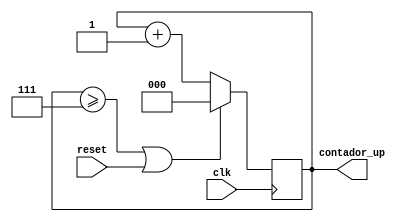
`timescale 1ns/1ns

module up_counter(
    input clk,
    input reset,
    output reg [2:0] contador_up
	);
	
/* Si fck_muestreo = 48kHz,
entonces f_cont = N*fck_muestreo.
T_cont = 2.6us. */

always @(posedge clk)
    begin
		if (contador_up >= 7 | reset)
			contador_up <= 0;
		else
			contador_up <= contador_up + 1;
    end

endmodule
/* Segun varia clk_muestreo, las muestras iran pasando
hacia los registros, siempre y cuando enabe = 1. 
Como salida tenemos el ultimo registro, y el registro 
que se quiera dependiendo del contador Add.*/